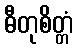
ဓီတုစိတ္တံ